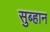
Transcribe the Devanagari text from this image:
सुब्हान